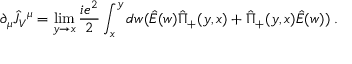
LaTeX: \partial _ { \mu } \hat { J } _ { V } { } ^ { \mu } = \operatorname * { l i m } _ { y \rightarrow x } { \frac { i e ^ { 2 } } { 2 } } \int _ { x } ^ { y } d w ( \hat { E } ( w ) \hat { \Pi } _ { + } ( y , x ) + \hat { \Pi } _ { + } ( y , x ) \hat { E } ( w ) ) \; .